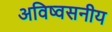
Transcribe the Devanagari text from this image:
अविष्वसनीय